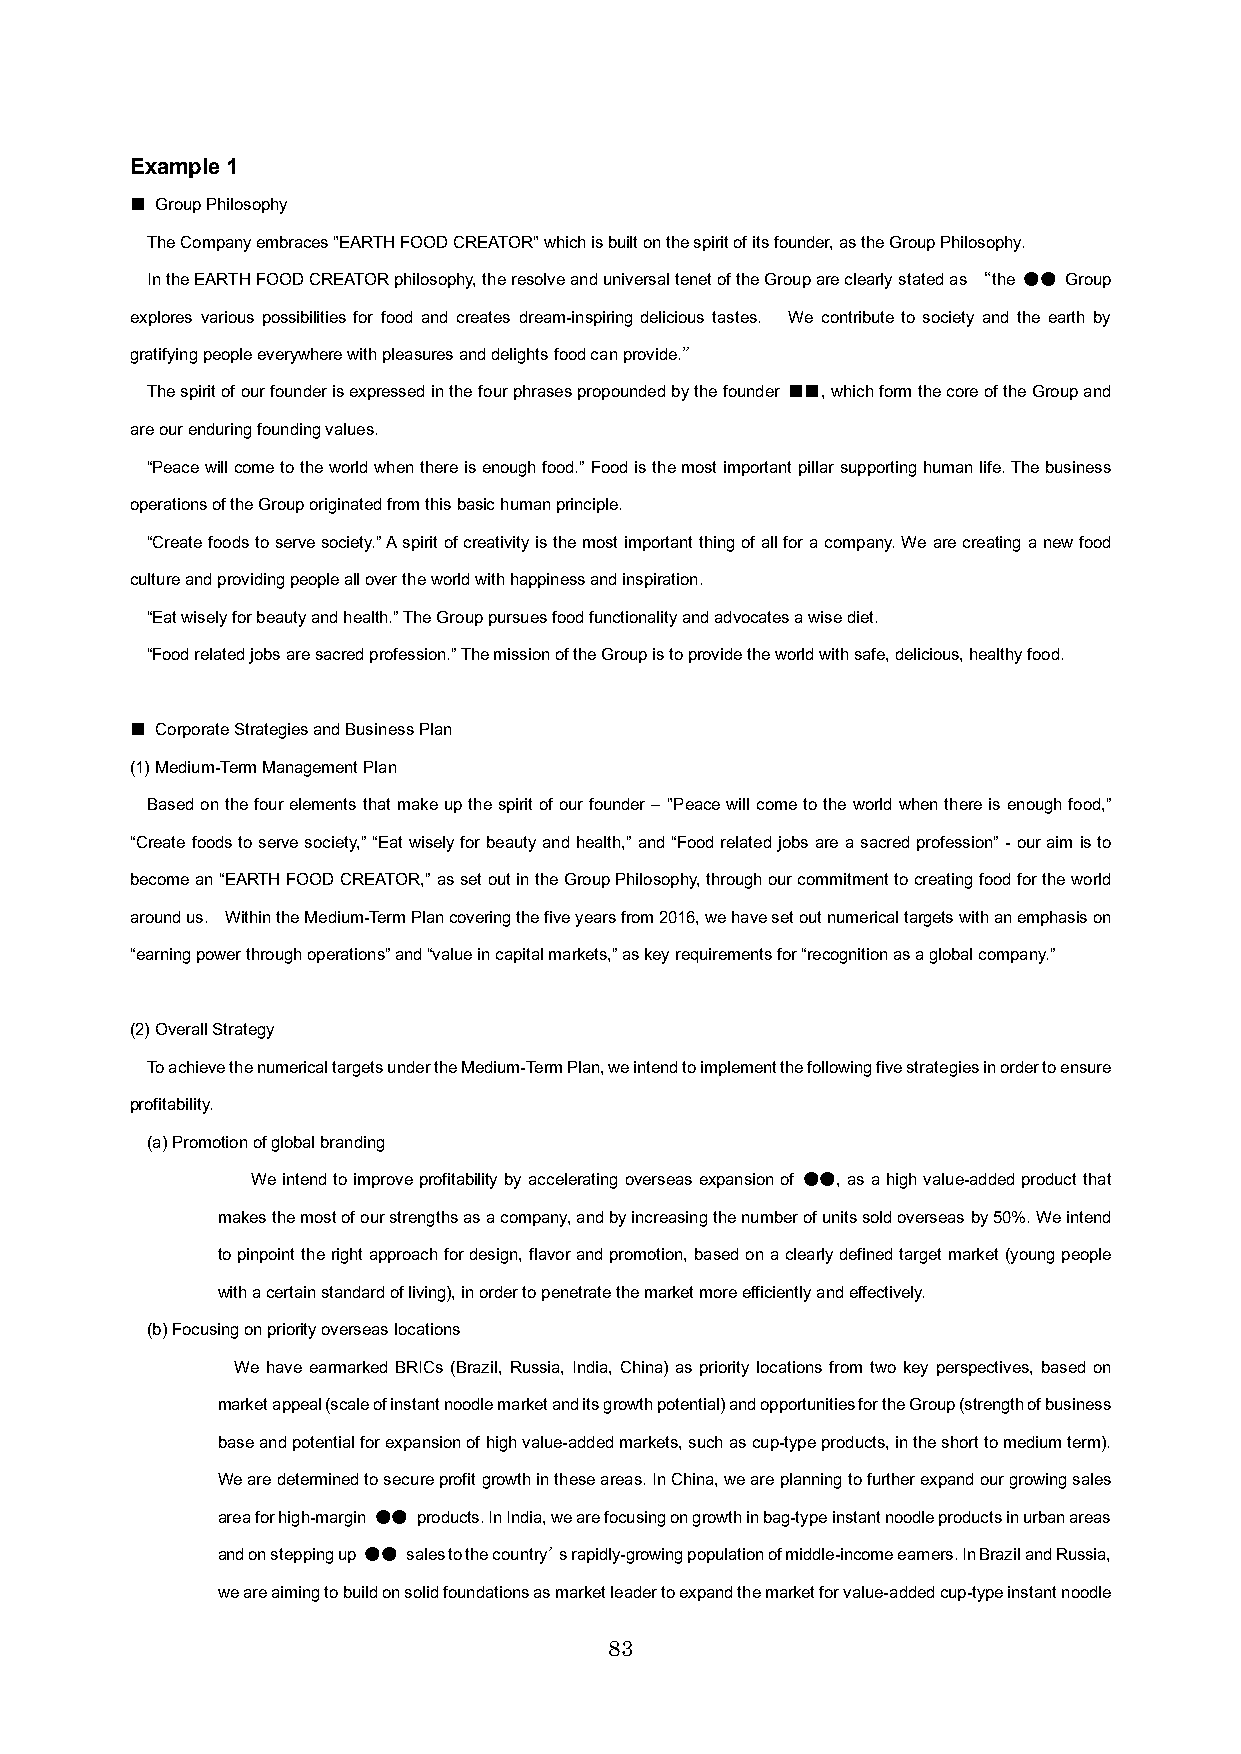
Example 1
 ■ Group Philosophy
 The Company embraces "EARTH FOOD CREATOR" which is built on the spirit of its founder, as the Group Philosophy.
 In the EARTH FOOD CREATOR philosophy, the resolve and universal tenet of the Group are clearly stated as “the ●● Group
 explores various possibilities for food and creates dream-inspiring delicious tastes. We contribute to society and the earth by
 gratifying people everywhere with pleasures and delights food can provide.”
 The spirit of our founder is expressed in the four phrases propounded by the founder ■■, which form the core of the Group and
 are our enduring founding values.
 “Peace will come to the world when there is enough food.” Food is the most important pillar supporting human life. The business
 operations of the Group originated from this basic human principle.
 “Create foods to serve society.” A spirit of creativity is the most important thing of all for a company. We are creating a new food
 culture and providing people all over the world with happiness and inspiration.
 “Eat wisely for beauty and health.” The Group pursues food functionality and advocates a wise diet.
 “Food related jobs are sacred profession.” The mission of the Group is to provide the world with safe, delicious, healthy food.
 ■ Corporate Strategies and Business Plan
 (1) Medium-Term Management Plan
 Based on the four elements that make up the spirit of ourfounder –"Peace will come to the world when there is enough food,”
 “Create foods to serve society,” “Eat wisely for beauty and health,” and “Food related jobs are a sacred profession” -our aim is to
 become an “EARTH FOOD CREATOR,” as set out in the Group Philosophy, through our commitment to creating food for the world
 around us. Within the Medium-Term Plan covering the five years from 2016, we have set out numerical targets with an emphasis on
 “earning power through operations” and “value in capital markets,” as key requirements for “recognition as a global company.”
 (2) Overall Strategy
 To achieve the numerical targets under the Medium-Term Plan, we intend to implement the following five strategies in order to ensure
 profitability.
 (a) Promotion of global branding
 We intend to improve profitability by accelerating overseas expansion of ●●, as a high value-added product that
 makes the most of our strengths as a company, and by increasing the number of units sold overseas by 50%. We intend
 to pinpoint the right approach for design, flavor and promotion, based on a clearly defined target market (young people
 with a certain standard of living), in order to penetrate the market more efficiently and effectively.
 (b) Focusing on priority overseas locations
 We have earmarked BRICs (Brazil, Russia, India, China) as priority locations from two key perspectives, based on
 market appeal (scale of instant noodle market and its growth potential) and opportunities for the Group (strength of business
 base and potential for expansion of high value-added markets, such as cup-type products, in the short to medium term).
 We are determined to secure profit growth in these areas. In China, we are planning to further expand our growing sales
 area for high-margin ●● products. In India, we are focusing on growth in bag-type instant noodle products in urban areas
 and on stepping up ●● sales to the country’s rapidly-growing population of middle-income earners. In Brazil and Russia,
 we are aiming to build on solid foundations as market leader to expand the market for value-added cup-type instant noodle
 83